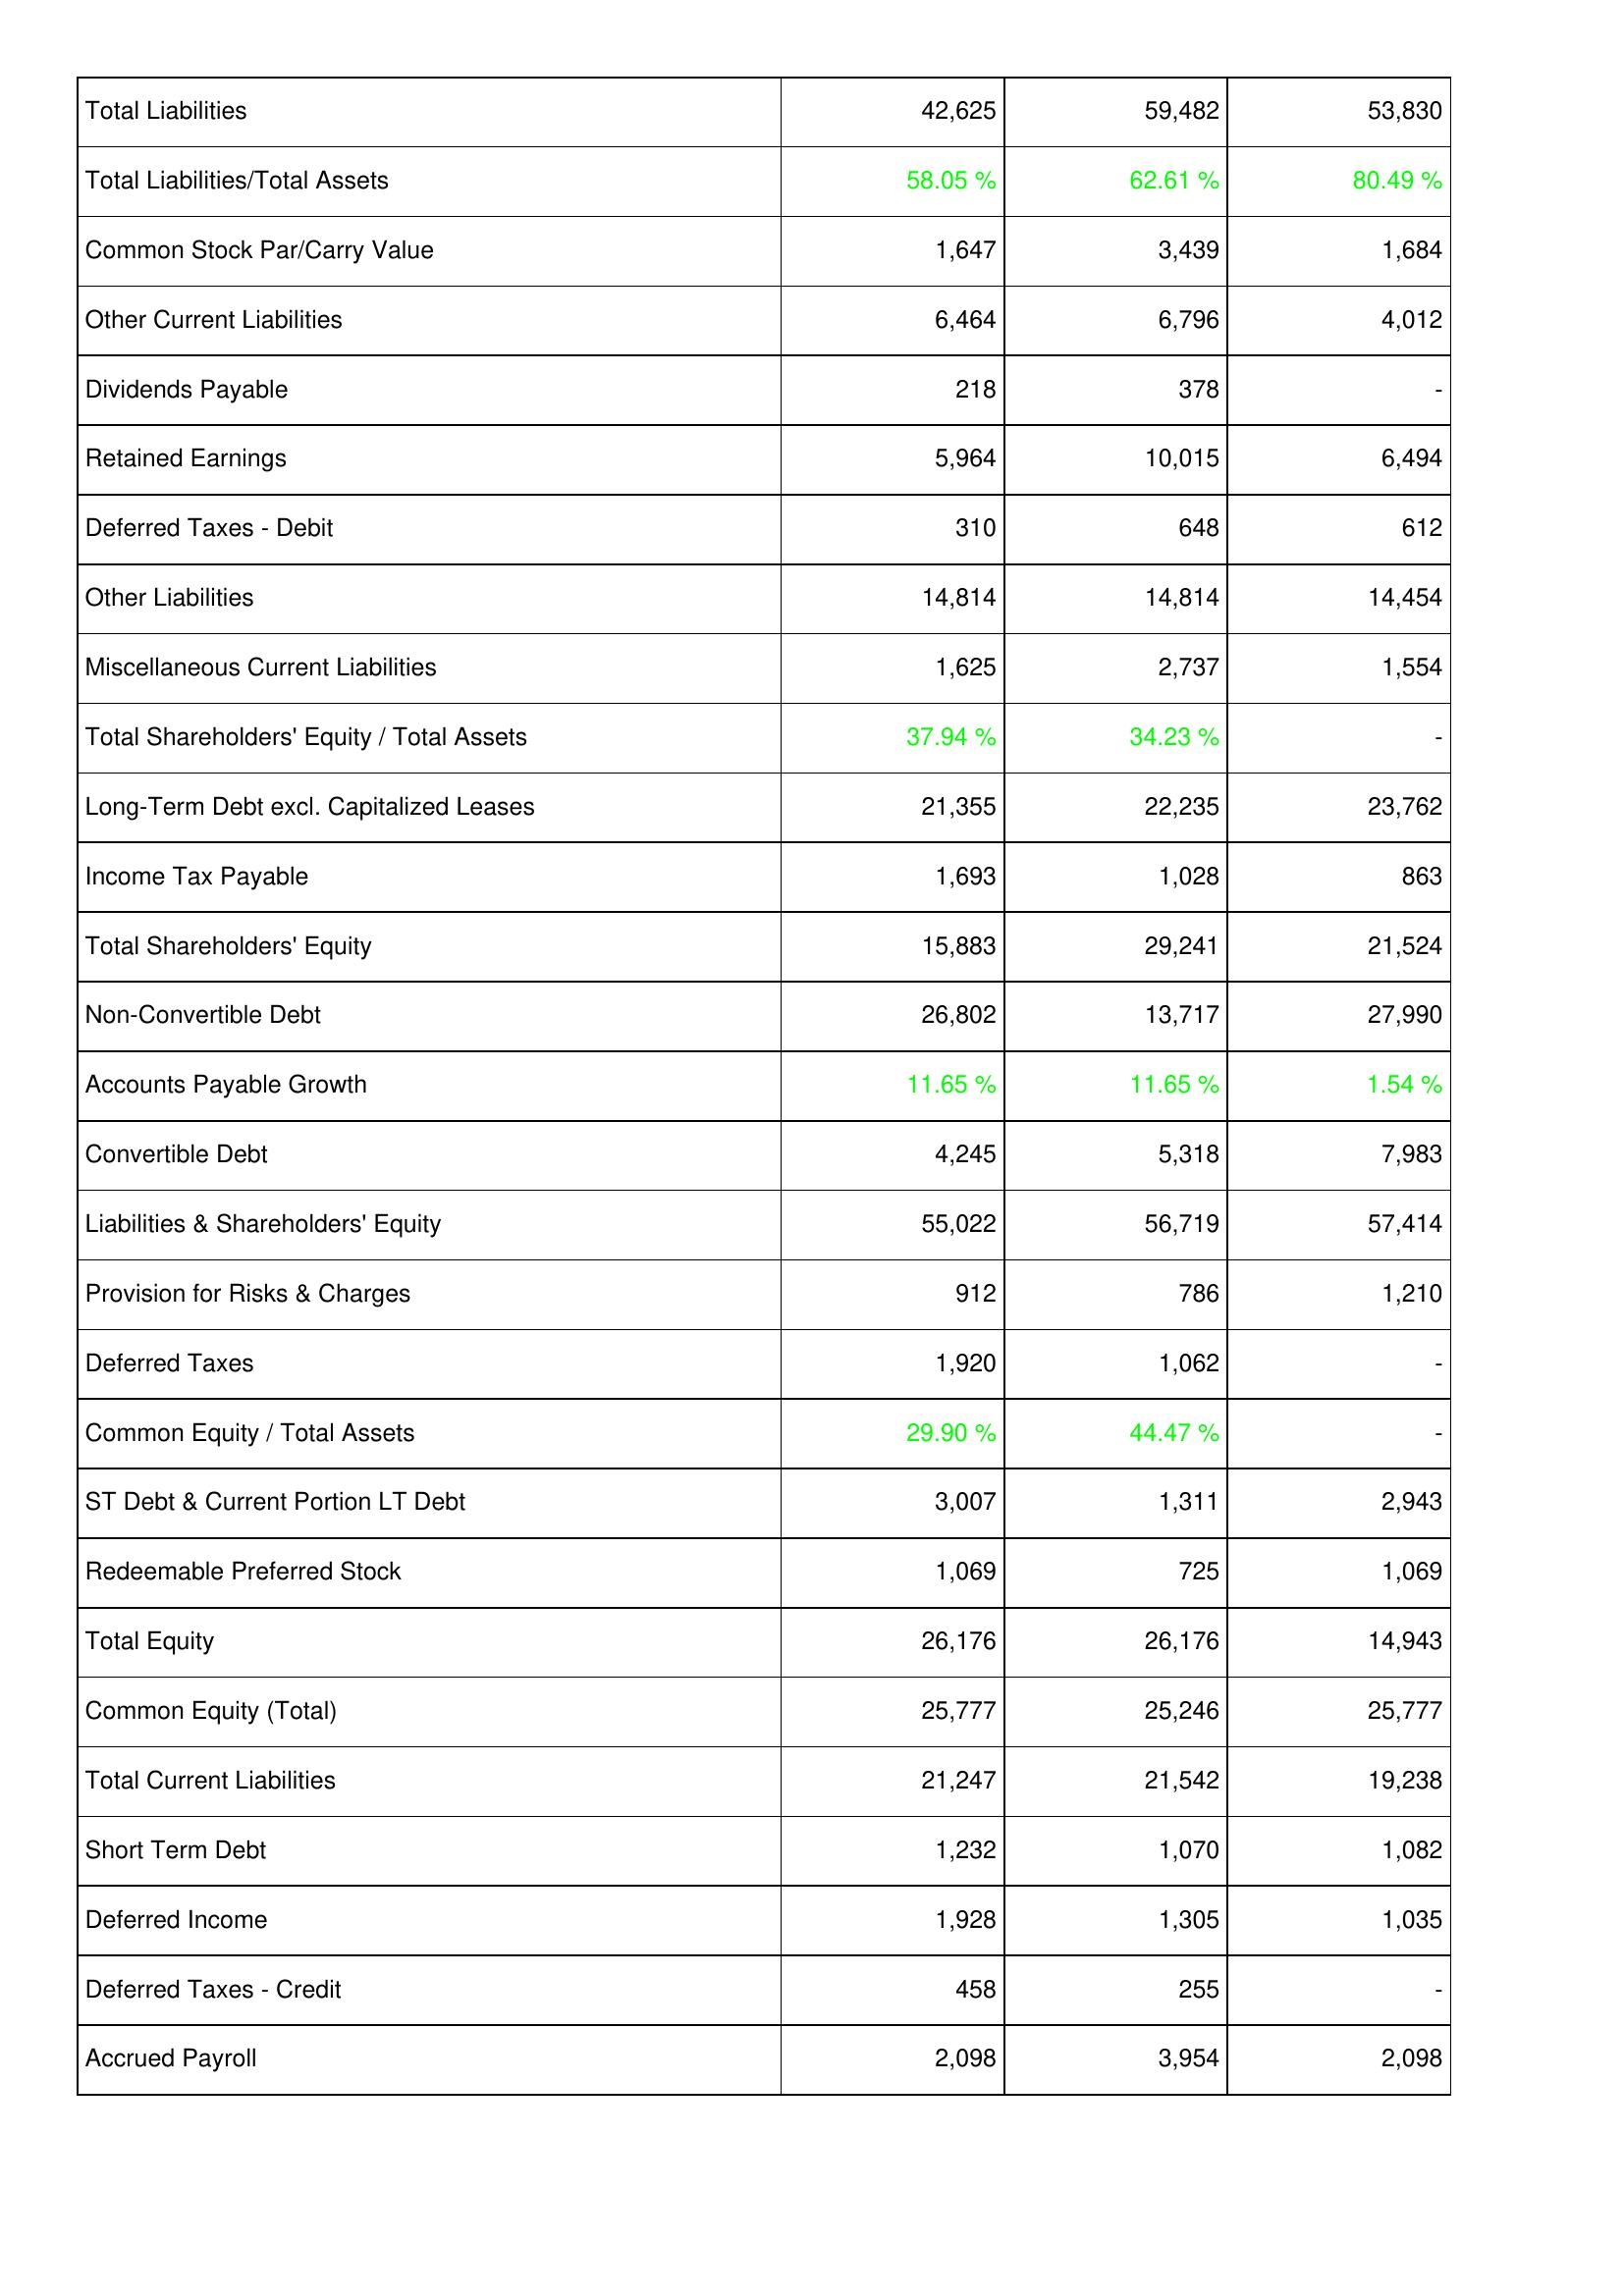
2012: Liabilities & Shareholders' Equity: Total Liabilities: 42,625
Total Liabilities/Total Assets: 58.05 %
Common Stock Par/Carry Value: 1,647
Other Current Liabilities: 6,464
Dividends Payable: 218
Retained Earnings: 5,964
Deferred Taxes - Debit: 310
Other Liabilities: 14,814
Miscellaneous Current Liabilities: 1,625
Total Shareholders' Equity / Total Assets: 37.94 %
Long-Term Debt excl. Capitalized Leases: 21,355
Income Tax Payable: 1,693
Total Shareholders' Equity: 15,883
Non-Convertible Debt: 26,802
Accounts Payable Growth: 11.65 %
Convertible Debt: 4,245
Liabilities & Shareholders' Equity: 55,022
Provision for Risks & Charges: 912
Deferred Taxes: 1,920
Common Equity / Total Assets: 29.90 %
ST Debt & Current Portion LT Debt: 3,007
Redeemable Preferred Stock: 1,069
Total Equity: 26,176
Common Equity (Total): 25,777
Total Current Liabilities: 21,247
Short Term Debt: 1,232
Deferred Income: 1,928
Deferred Taxes - Credit: 458
Accrued Payroll: 2,098
2013: Liabilities & Shareholders' Equity: Total Liabilities: 59,482
Total Liabilities/Total Assets: 62.61 %
Common Stock Par/Carry Value: 3,439
Other Current Liabilities: 6,796
Dividends Payable: 378
Retained Earnings: 10,015
Deferred Taxes - Debit: 648
Other Liabilities: 14,814
Miscellaneous Current Liabilities: 2,737
Total Shareholders' Equity / Total Assets: 34.23 %
Long-Term Debt excl. Capitalized Leases: 22,235
Income Tax Payable: 1,028
Total Shareholders' Equity: 29,241
Non-Convertible Debt: 13,717
Accounts Payable Growth: 11.65 %
Convertible Debt: 5,318
Liabilities & Shareholders' Equity: 56,719
Provision for Risks & Charges: 786
Deferred Taxes: 1,062
Common Equity / Total Assets: 44.47 %
ST Debt & Current Portion LT Debt: 1,311
Redeemable Preferred Stock: 725
Total Equity: 26,176
Common Equity (Total): 25,246
Total Current Liabilities: 21,542
Short Term Debt: 1,070
Deferred Income: 1,305
Deferred Taxes - Credit: 255
Accrued Payroll: 3,954
2014: Liabilities & Shareholders' Equity: Total Liabilities: 53,830
Total Liabilities/Total Assets: 80.49 %
Common Stock Par/Carry Value: 1,684
Other Current Liabilities: 4,012
Dividends Payable: -
Retained Earnings: 6,494
Deferred Taxes - Debit: 612
Other Liabilities: 14,454
Miscellaneous Current Liabilities: 1,554
Total Shareholders' Equity / Total Assets: -
Long-Term Debt excl. Capitalized Leases: 23,762
Income Tax Payable: 863
Total Shareholders' Equity: 21,524
Non-Convertible Debt: 27,990
Accounts Payable Growth: 1.54 %
Convertible Debt: 7,983
Liabilities & Shareholders' Equity: 57,414
Provision for Risks & Charges: 1,210
Deferred Taxes: -
Common Equity / Total Assets: -
ST Debt & Current Portion LT Debt: 2,943
Redeemable Preferred Stock: 1,069
Total Equity: 14,943
Common Equity (Total): 25,777
Total Current Liabilities: 19,238
Short Term Debt: 1,082
Deferred Income: 1,035
Deferred Taxes - Credit: -
Accrued Payroll: 2,098